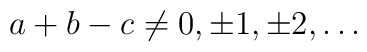
a+b-c\neq 0,\pm 1,\pm 2, \ldots